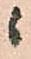
ニ